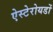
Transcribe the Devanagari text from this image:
ऐस्टेरोयडों